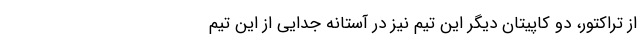
از تراکتور، دو کاپیتان دیگر این تیم نیز در آستانه جدایی از این تیم